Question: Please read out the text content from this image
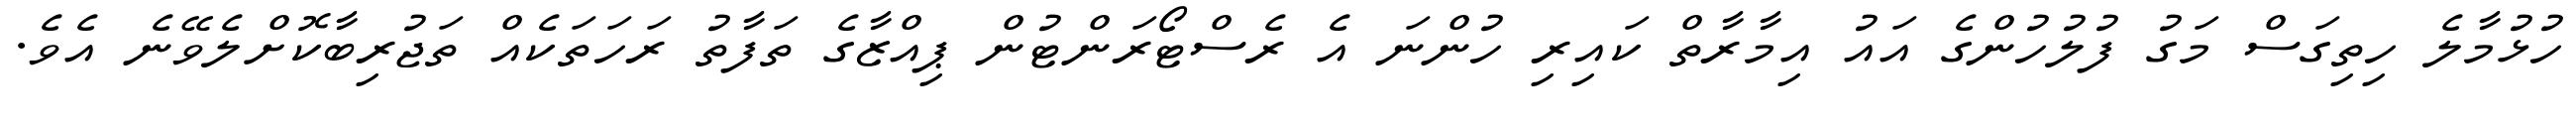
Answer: ހުޅުމާލެ ހިތިގަސް މަގު ފުލުހުންގެ އައު އިމާރާތް ކައިރި ހުންނަ އެ ރެސްޓޯރަންޓުން ޕިއްޒާގެ ތަފާތު ރަހަތަކެއް ތަޖުރިބާކޮށްލެވޭނެ އެވެ.